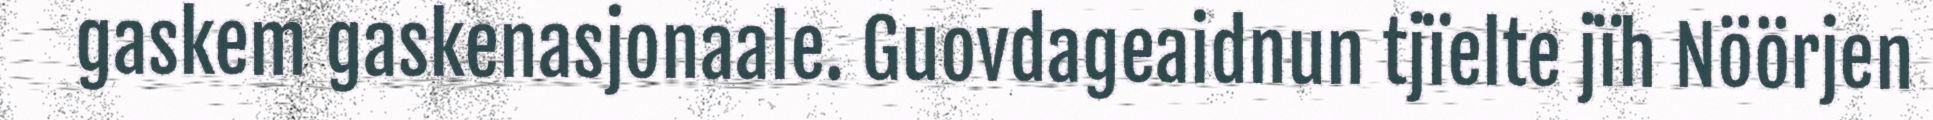
gaskem gaskenasjonaale. Guovdageaidnun tjïelte jïh Nöörjen